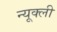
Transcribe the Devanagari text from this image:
न्यूक्ली